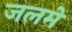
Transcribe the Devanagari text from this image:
जलमें